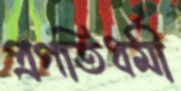
প্রগতিধর্মী